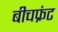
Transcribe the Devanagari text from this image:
बीचफ्रंट